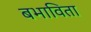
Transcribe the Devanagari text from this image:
बभाविता